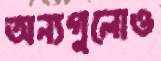
অন্যগুলোও